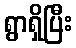
ရွာရှိပြီး